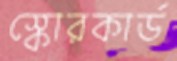
স্কোরকার্ড